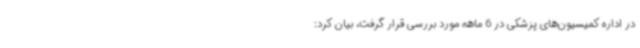
در اداره کمیسیون‌های پزشکی در 6 ماهه مورد بررسی قرار گرفت، بیان کرد: